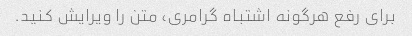
برای رفع هرگونه اشتباه گرامری، متن را ویرایش کنید.